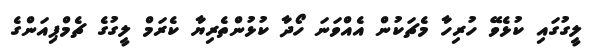
ލީގުގައި ކުޅެވޭ ހުރިހާ މެޗަކުން އެއްވަނަ ހޯދާ ކުޅުންތެރިޔާ ކެރަމް ލީގުގެ ޗެމްޕިއަންގެ